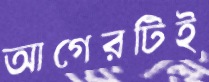
আগেরটিই